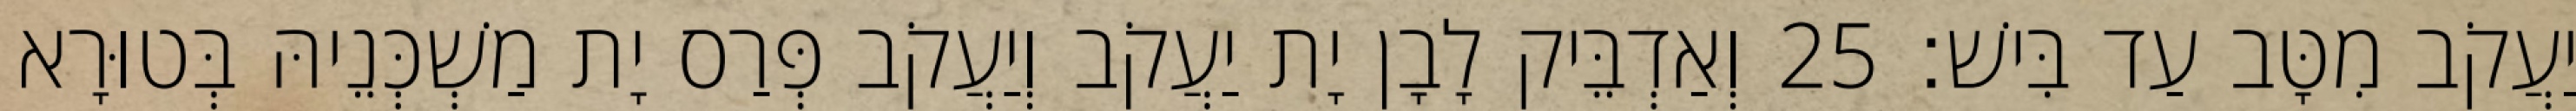
יַעֲקֹב מִטָּב עַד בִּישׁ׃ 25 וְאַדְבֵּיק לָבָן יָת יַעֲקֹב וְיַעֲקֹב פְּרַס יָת מַשְׁכְּנֵיהּ בְּטוּרָא